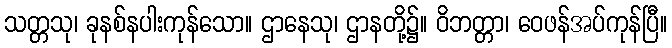
သတ္တသု၊ ခုနစ်နပါးကုန်သော။ ဌာနေသု၊ ဌာနတို့၌။ ဝိဘတ္တာ၊ ဝေဖန်အပ်ကုန်ပြီ။